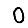
Digit: 0